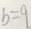
b = 9